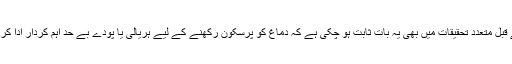
اس سے قبل متعدد تحقیقات میں بھی یہ بات ثابت ہو چکی ہے کہ دماغ کو پرسکون رکھنے کے لیے ہریالی یا پودے بے حد اہم کردار ادا کرتے ہیں۔